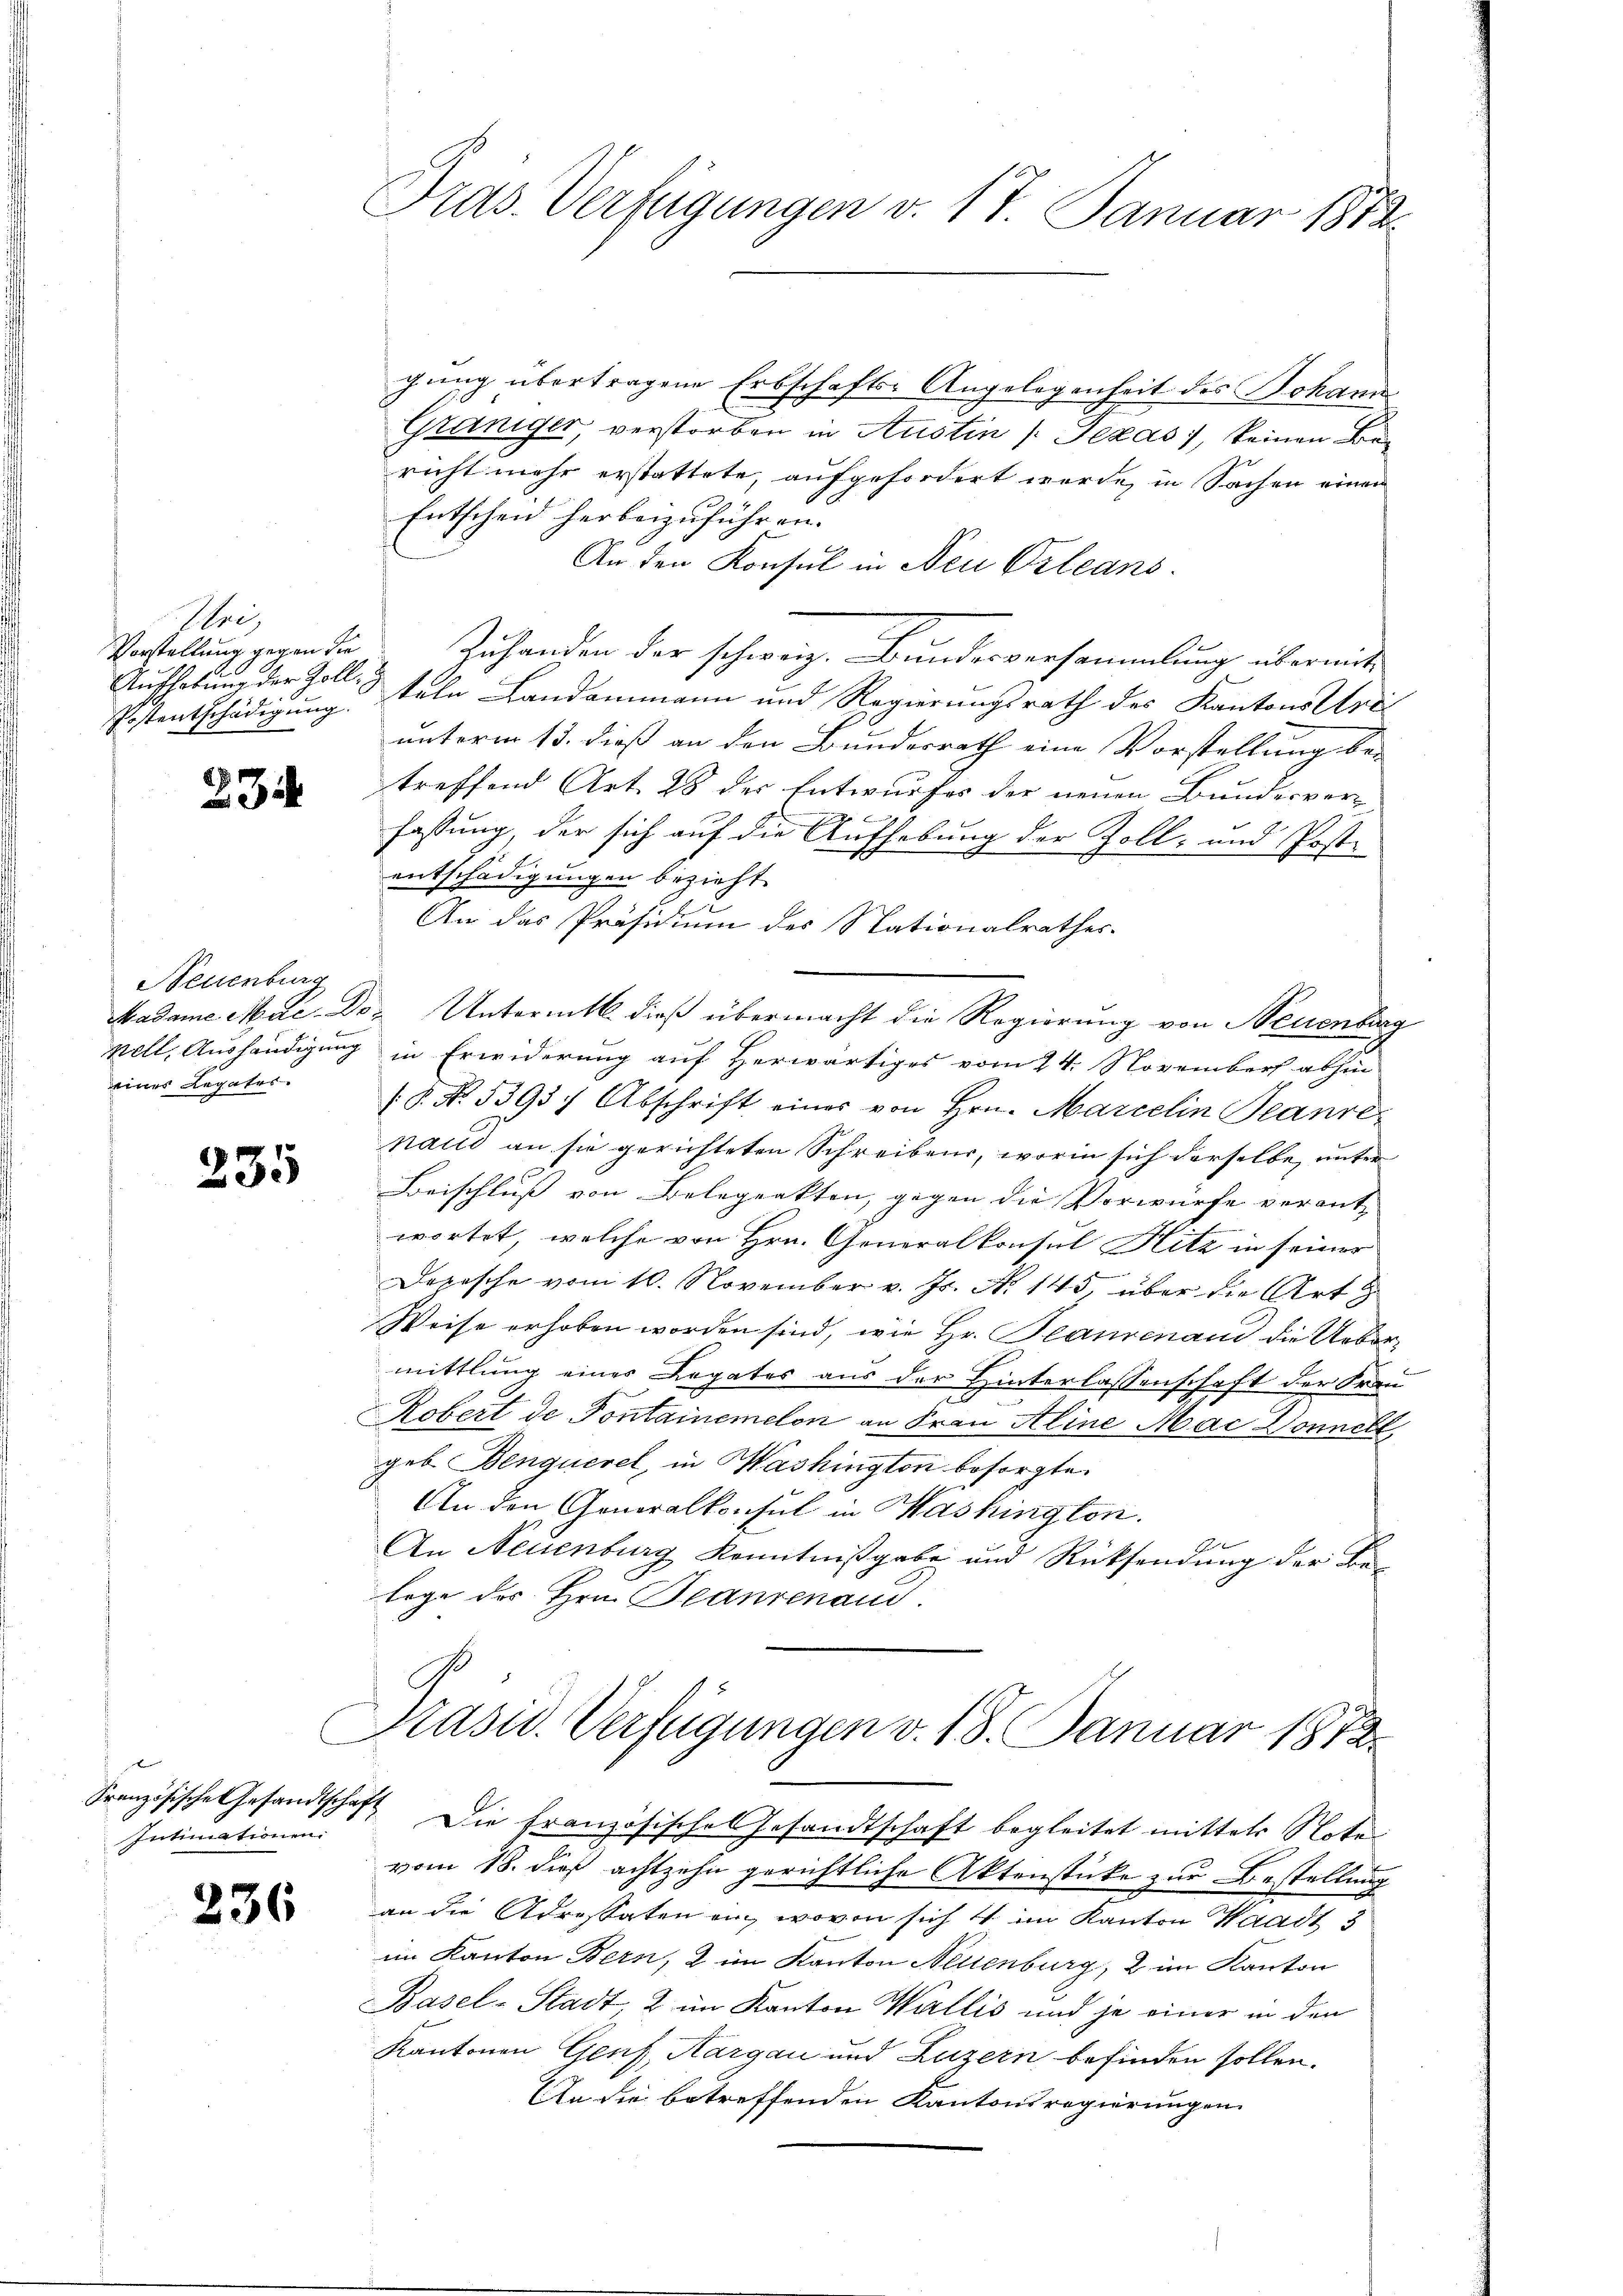
Ursy
Vorstellung gegen die
.
Postentschädigung.

234

Neuenburg
eines Legates.

235

r
Intimationen.

236

Pras. Verfügungen v. 17. Januar 1873.

gung übertragene Erbschafts-Angelegenheit des Johann
Graniger, verstorben in Austin /: Jezas, keinen Bericht mehr erstattete, aufgefordert wurde, in Sachen einen
Entscheid herbeizuführen.
An den Konsul in Neu Orleans
Zuhanden der schweiz. Bundesversammlung übermit
Aufhebung der Zoll, sein Landammann und Regierungsrath des Kantons Urt
unterm 13. dieß an den Bundesrath eine Vorstellung bei
treffend Art. 28 der Entwurfes der neuen Bundesvor¬

fassung, der sich auf die Aufhebung der Zoll- und Post-
entschädigungen bezieht.
An das Präsidium des Nationalrathes
Madame Mde-Dor Untermitt. dieß übermacht die Regierung von Neuenburg
nell, Aushändigung in Erwiderung auf Herwärtiges vom 24. November abhin
(§. No. 5393 Abschrift eines von Hrn. Marcelin Teanre
nalli an sie gerichteten Schreibens, worin sich derselbe unter
Beischluß von Belegrakten, gegen die Vorwürfe verantwortet, welche von Hrn. Generalkonsul Hitz in seiner
Depesche vom 10. November v. Js. N. 145, über die Art
Weise erhoben worden sind, wie Hr. Blankenau die Uebermittlung eines Legates aus der Hinterlassenschaft der Frau
Robert de Pontainemelon an Frau Aline Mac Donnell,
geb. Benquerel, in Washington besorgte.
An den Generalkonsul in Mashington.
An Neuenburg Kenntnißgabe und Rücksendung der Be-
lege des Hrn. Transenaud.

Präsid. Verfügungen v. 18. Januar 1812.

Französische Gesandtschaft. Die französische Gesandtschaft begleitet mitter Rete
vom 18. dieß achtzehn gerichtliche Aktenstücke zur Bestellung
an die Adressaten ein, wovon sich 4 im Kanton Waadt 3
im Kanton Bern, & im Kanton Neisenburg, 2 im Kanton
Basel-Stadt 2 im Kanton Wallis und je einer in den
Kantonen Genf, Aargau und Luzern befinden sollen.
An die betreffenden Kantonsregierungen